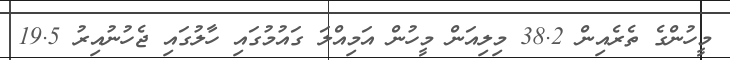
މީހުންގެ ތެރެއިން 38.2 މިލިއަން މީހުން އަމިއްލަ ގައުމުގައި ހާލުގައި ޖެހުނުއިރު 19.5